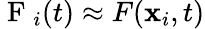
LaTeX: \mathrm{~F~}_{i}(t)\approx F(\mathbf{x}_{i},t)